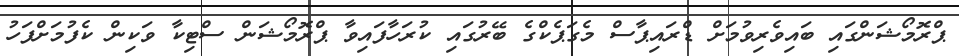
ޕްރޮމޯޝަންގައި ބައިވެރިވުމަށް ޑްރައިޕާސް މެގަޕެކްގެ ބޭރުގައި ކުރަހާފައިވާ ޕްރޮމޯޝަން ސްޓިކާ ވަކިން ކެފުމަށްފަހު